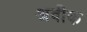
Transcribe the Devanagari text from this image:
अवीक